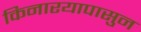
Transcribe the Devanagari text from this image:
किनारयापासुन